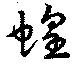
蝗